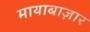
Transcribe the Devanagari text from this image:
मायाबाज़ार